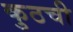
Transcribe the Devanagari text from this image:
कुठची